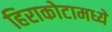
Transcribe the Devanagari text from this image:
हिराकोटामध्ये